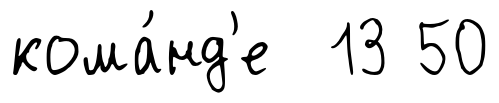
кома́нд'е 13 50